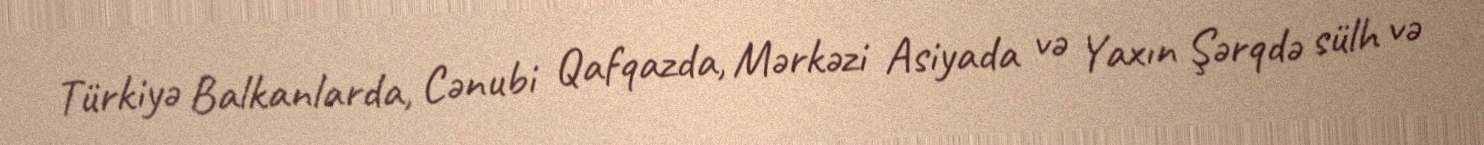
Türkiyə Balkanlarda, Cənubi Qafqazda, Mərkəzi Asiyada və Yaxın Şərqdə sülh və